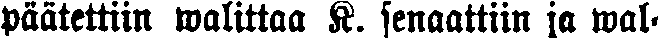
päätettiin walittaa K. senaattiin ja wal-